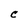
Character: C